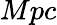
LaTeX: Mpc